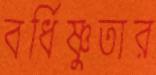
বর্ধিষ্ণুতার